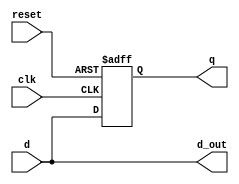
module register_with_comb_logic (
    input wire clk,            // Clock input
    input wire reset,          // Active-high reset
    input wire [3:0] d,       // 4-bit data input
    output reg [3:0] q,       // 4-bit data output
    output reg [3:0] d_out     // Combinational logic output
);

// Always block for sequential logic (register behavior)
always @(posedge clk or posedge reset) begin
    if (reset) begin
        q <= 4'b0000;         // Reset the register output to 0
    end else begin
        q <= d;               // Capture the input data on clock edge
    end
end

// Always block for combinational logic
always @* begin
    d_out = d;                // d_out reflects the current data input
end

endmodule